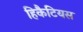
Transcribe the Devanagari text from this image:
हिकैटियस